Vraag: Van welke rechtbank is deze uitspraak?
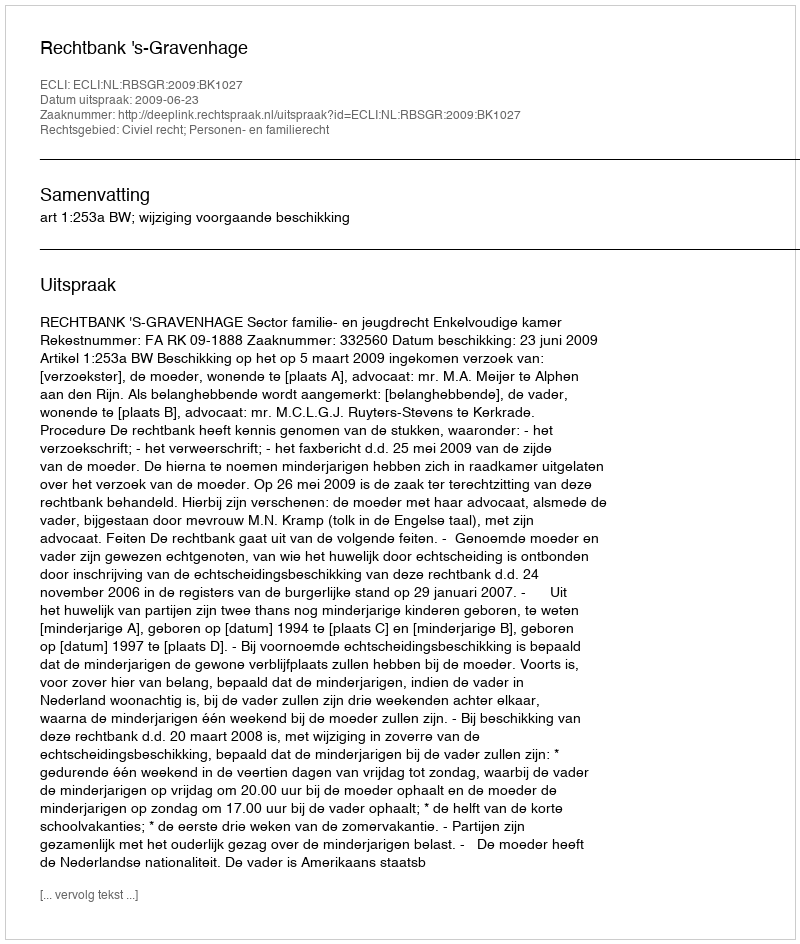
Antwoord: Rechtbank 's-Gravenhage